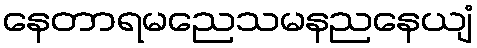
နေတာရမညေသမနညနေယျံ